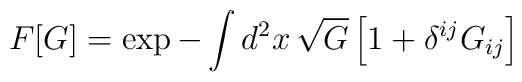
F [G] = \exp - \int d^2 x\, \sqrt G  \left[    1 + \delta^{ij} G_{ij}  \right]